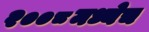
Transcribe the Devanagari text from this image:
२००८मध्येच